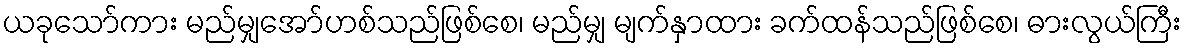
ယခုသော်ကား မည်မျှအော်ဟစ်သည်ဖြစ်စေ၊ မည်မျှ မျက်နှာထား ခက်ထန်သည်ဖြစ်စေ၊ ဓားလွယ်ကြီး